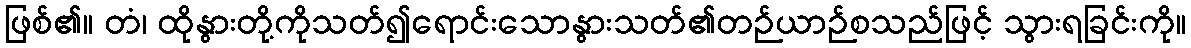
ဖြစ်၏။ တံ၊ ထိုနွားတို့ကိုသတ်၍ရောင်းသောနွားသတ်၏တဉ်ယာဉ်စသည်ဖြင့် သွားရခြင်းကို။